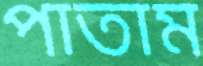
পাতাম